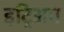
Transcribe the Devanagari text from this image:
इट्रिअम